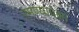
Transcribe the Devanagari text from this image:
रमण्यापेक्षा